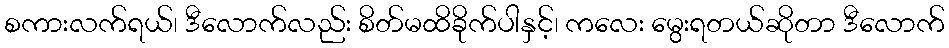
စကားလက်ရယ်၊ ဒီလောက်လည်း စိတ်မထိခိုက်ပါနှင့်၊ ကလေး မွေးရတယ်ဆိုတာ ဒီလောက်